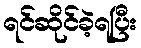
ရင်ဆိုင်ခဲ့ရပြီး